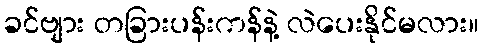
ခင်ဗျား တခြားပန်းကန်နဲ့ လဲပေးနိုင်မလား။